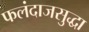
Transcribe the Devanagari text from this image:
फलंदाजसुद्धा